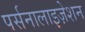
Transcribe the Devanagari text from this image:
पर्सनालाइज़ेशन